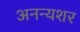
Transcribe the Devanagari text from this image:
अनन्यशर